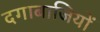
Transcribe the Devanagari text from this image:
दगाबाजियों